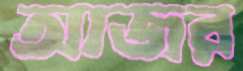
আজর